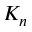
K _ { n }